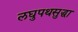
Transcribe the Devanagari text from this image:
लघुपथसुद्धा